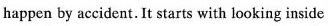
happen by accident. It starts with looking inside